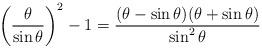
LaTeX: \begin{align*}\left(\frac{\theta}{\sin\theta}\right)^2-1=\frac{(\theta-\sin\theta)(\theta+\sin\theta)}{\sin^2\theta}\end{align*}